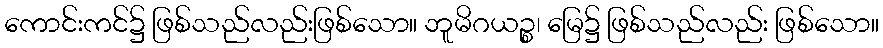
ကောင်းကင်၌ ဖြစ်သည်လည်းဖြစ်သော။ ဘူမိဂယဉ္စ၊ မြေ၌ ဖြစ်သည်လည်း ဖြစ်သော။